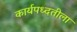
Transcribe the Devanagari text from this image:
कार्यपध्दतीला